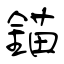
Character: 錨